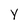
Character: y